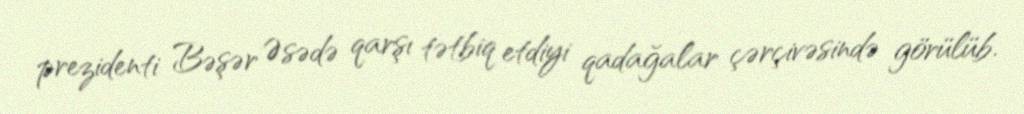
prezidenti Bəşər Əsədə qarşı tətbiq etdiyi qadağalar çərçivəsində görülüb.